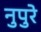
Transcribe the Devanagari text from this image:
नुपुरे